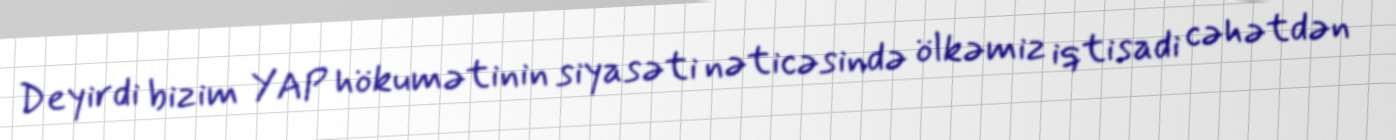
Deyirdi bizim YAP hökumətinin siyasəti nəticəsində ölkəmiz iqtisadi cəhətdən